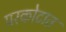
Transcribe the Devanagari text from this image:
परकोटात